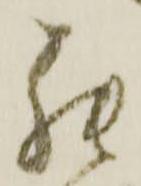
罷